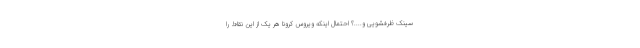
سینک ظرفشویی و....؟ احتمال اینکه ویروس کرونا هر یک از این نقاط را